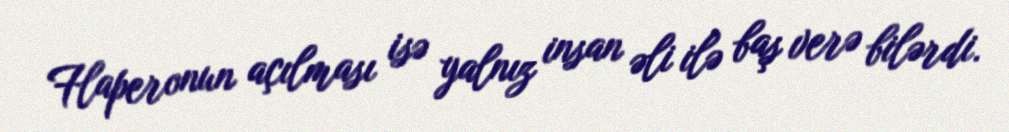
Flaperonun açılması isə yalnız insan əli ilə baş verə bilərdi.